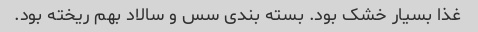
غذا بسیار خشک بود. بسته بندی سس و سالاد بهم ریخته بود.